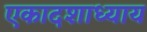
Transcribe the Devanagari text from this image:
एकादशाध्याय